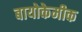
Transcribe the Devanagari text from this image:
बायोकेमीक